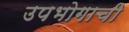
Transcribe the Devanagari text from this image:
उपभोगाची